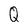
Character: Q